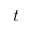
t